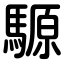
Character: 騵